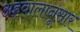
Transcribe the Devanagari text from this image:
अहवालानूसार